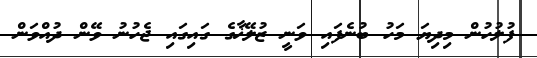
ފުލުހުން މިދިޔަ މަހު ބުނެފައި ވަނީ ޒުލޭޚާގެ ގައިގައި ޖެހުނު ވޭން ދުއްވަން